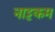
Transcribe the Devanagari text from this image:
नाट्टकम